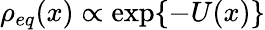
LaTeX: \rho_{eq}(x)\propto\exp\{ -U(x)\}